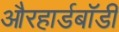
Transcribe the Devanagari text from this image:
औरहार्डबॉडी